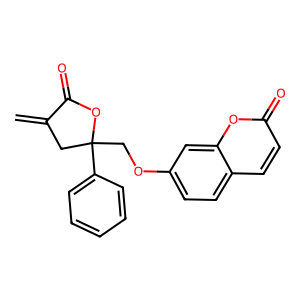
SMILES: C=C1CC(COc2ccc3ccc(=O)oc3c2)(c2ccccc2)OC1=O
Inhibits HIV replication: No